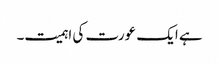
ہے ایک عورت کی اہمیت۔